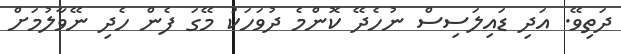
ދަތިވޭ. އަދި ޑައިލަސިސް ނުހެދޭ ކޮންމެ ދުވަހަކު މޭގަ ފެން ހެދި ނޭވާލުމަށް